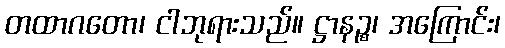
တထာဂတော၊ ငါဘုရားသည်။ ဋ္ဌာနဉ္စ၊ အကြောင်း၊